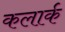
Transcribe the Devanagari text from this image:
कलार्क